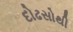
દોઢસોથી